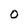
Character: 0